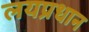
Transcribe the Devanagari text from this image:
लयप्रधान